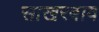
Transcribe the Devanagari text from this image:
साखरबाव